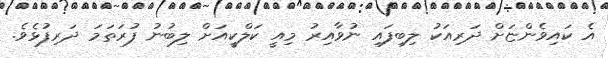
އެ ކައިވެންޏަށް ދަރިއަކު ލިބިފައި ނުވާއިރު މިއީ ކަލްކީއަށް ލިބުނު ފުރަތަމަ ދަރިފުޅެވެ.